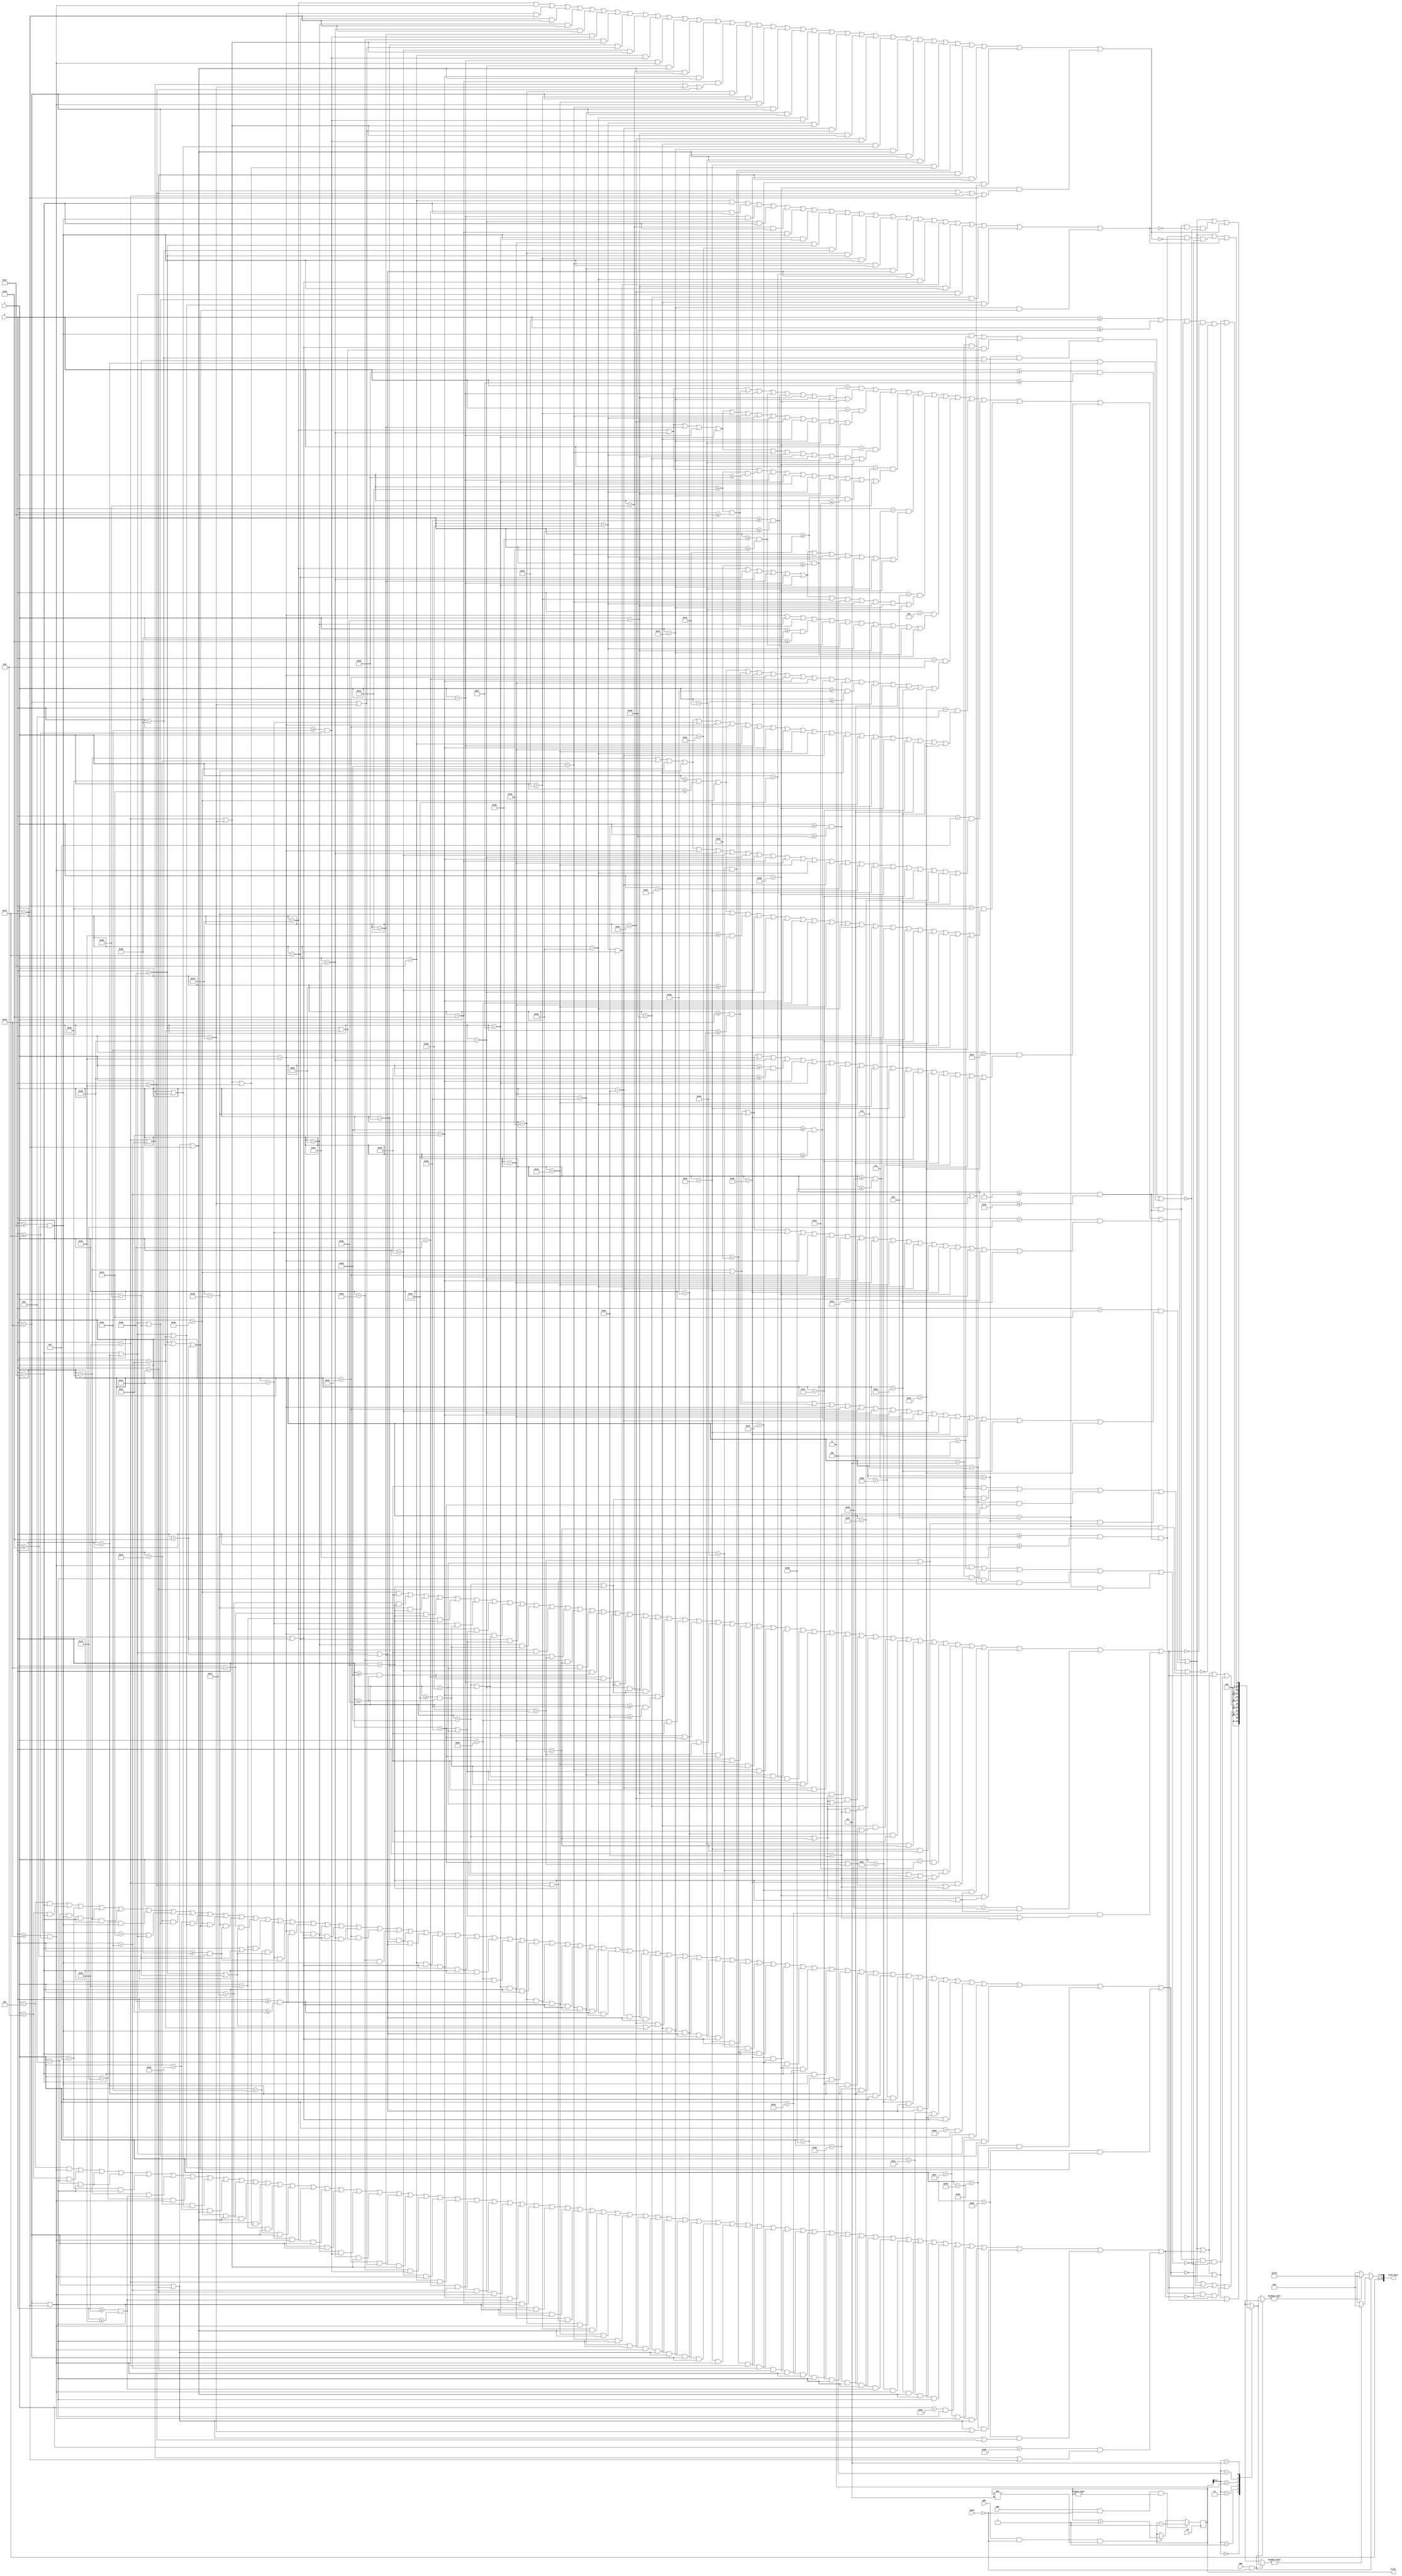
`timescale 1ns / 1ps
//////////////////////////////////////////////////////////////////////////////////
// Company: 
// Engineer: 
// 
// Design Name: 
// Module Name: menu
// Project Name: 
// Target Devices: 
// Tool Versions: 
// Description: 
// 
// Dependencies: 
// 
// Revision:
// Revision 0.01 - File Created
// Additional Comments:
// 
//////////////////////////////////////////////////////////////////////////////////


module menu(input pbu, pbd, SW0, input [31:0] x, y, input clk, input [3:0] layer, output reg [15:0] oled_data, output reg [3:0] state);
    parameter [31:0]a = 3;
    parameter [31:0]b = 12;
    parameter [31:0]c = 12;
    parameter [31:0]d = 22;
    parameter [31:0]e = 29;
    parameter [31:0]f = 39;
    wire [15:0] menudisp [5:0];
    wire vert, vert2, vert3, welcome, trace, distance, arrow1, arrow2, arrow3, arrow4, landmarks, labtask, timer;
    wire boxwidth, box1, box2, box3, box4, box5;

    assign vert = y >= 25 && y <= 31;
    assign vert2 = y >= 39 && y <= 45;
    assign vert3 = y >= 53 && y <= 59;
    assign welcome = (y == a && (x == 29 ||  x == 33 || (x >= 35 && x <= 39) || x == 41 || (x >= 48 && x <= 50) || (x >= 54 && x <= 56) || x == 59 || x == 63 || (x >= 65 && x <= 69) || x == 72))
              || (y == a + 1 && (x == 29 ||  x == 33 || x == 35 || x == 41 || x == 47 || x == 51 || x == 53 || x == 57 || x == 59 || x == 60 || x == 62 || x == 63 || x == 65 || x == 72))
              || (y == a + 2 && (x == 29 ||  x == 33 || x == 35 || x == 41 || x == 47 || x == 53 || x == 57 || x == 59 || x == 61 || x == 63 || x == 65 || x == 72))
              || (y == a + 3 && (x == 29 ||  x == 33 || (x >= 35 && x <= 37) || x == 41 || x == 47 || x == 53 || x == 57 || x == 59 || x == 63 || (x >= 65 && x <= 67) || x == 72))
              || (y == a + 4 && (x == 29 ||  x == 31 ||  x == 33 || x == 35 || x == 41 || x == 47 || x == 53 || x == 57 || x == 59 || x == 63 || x == 65 || x == 72))
              || (y == a + 5 && (x == 29 ||  x == 31 ||  x == 33 || x == 35 || x == 41 || x == 47 || x == 51 || x == 53 || x == 57 || x == 59 || x == 63 || x == 65))
              || (y == a + 6 && (x == 30 ||  x == 32 || (x >= 35 && x <= 39) || (x >= 41 && x <= 45) || (x >= 48 && x <= 50) || (x >= 54 && x <= 56) || x == 57 || x == 59 || x == 63 || (x >= 65 && x <= 69) || x == 72))
              || (y == a + 10 && ((x >= 16 && x <= 19) || x == 22 || (x >= 25 && x <= 27) || x == 30 || x == 34 || x == 40 || x == 44 || x == 48 || (x >= 53 && x <= 55) || (x >= 58 && x <= 61) || (x >= 64 && x <= 68) || x == 70 || (x >= 73 && x <= 75) || x == 78 || x == 82 || x == 84))
              || (y == a + 11 && (x == 16 || x == 20 || x == 22 || x == 24 || x == 28 || x == 30 || x == 34 || x == 39 || x == 41 || x == 44 || x == 48 || x == 52 || x == 56 || x == 58 || x == 62 || x == 66 || x == 70 || x == 72 || x == 76 || x == 78 || x == 82 || x == 84))
              || (y == a + 12 && (x == 16 || x == 20 || x == 22 || x == 24 || x == 30 || x == 33 || x == 38 || x == 42 || x == 44 || x == 45 || x == 48 || x == 52 || x == 56 || x == 58 || x == 62 || x == 66 || x == 70 || x == 72 || x == 76 || x == 78 || x == 79 || x == 82 || x == 84)) 
              || (y == a + 13 && ((x >= 16 && x <= 19) || x == 22 || x == 24 || (x >= 30 && x <= 32) || x == 38 || x == 42 || x == 44 || x == 46 || x == 48 || x == 52 || x == 56 || (x >= 58 && x <= 61) || x == 66 || x == 70 || x == 72 || x == 76 || x == 78 || x == 80 || x == 82 || x == 84))
              || (y == a + 14 && (x == 16 || x == 22 || x == 24 || x == 30 || x == 33 || (x >= 38 && x <= 42) || x == 44 || x == 47 || x == 48 || x == 52 || x == 56 || x == 58 || x == 66 || x == 70 || x == 72 || x == 76 || x == 78 || x == 81 || x == 82 || x == 84)) 
              || (y == a + 15 && (x == 16 || x == 22 || x == 24 || x == 28 || x == 30 || x == 34 || x == 38 || x == 42 || x == 44 || x == 48 || x == 52 || x == 56 || x == 58 || x == 66 || x == 70 || x == 72 || x == 76 || x == 78 || x == 82))
              || (y == a + 16 && (x == 16 || x == 22 || (x >= 25 && x <= 27) || x == 30 || x == 34 || x == 38 || x == 42 || x == 44 || x == 48 || (x >= 53 && x <= 55) || x == 58 || x == 66 || x == 70 || (x >= 73 && x <= 75) || x == 78 || x == 82 || x == 84));

    assign distance = (x == b && (y >= 25 && y <= 31)) || (x == b + 1 && (y == 25 || y == 31)) || (x == b + 2 && (y == 25 || y == 31)) || (x == b + 2 && (y == 25 || y == 31)) || (x == b + 3 && (y == 25 || y == 31)) || (x == b + 4 && (y >= 26 && y <= 30))
             || (x == b + 6 && (y >= 25 && y <= 31))
             || (x == b + 8 && (y == 26 || y == 27 || y == 30)) || (x == b + 9 && (y == 25 || y == 28 || y == 31)) || (x == b + 10 && (y == 25 || y == 28 || y == 31)) || (x == b + 11 && (y == 25 || y == 28 || y == 31)) || (x == b + 12 && (y == 26 || y == 29 || y == 30)) 
             || (x == b + 14 && y == 25) || (x == b + 15 && y == 25) || (x == b + 16 && (y >= 25 && y <= 31)) || (x == b + 17 && y == 25) || (x == b + 18 && y == 25)
             || (x == b + 20 && (y >= 27 && y <= 31)) || (x == b + 21 && (y == 26 || y == 29)) || (x == b + 22 && (y == 25 || y == 29)) || (x == b + 23 && (y == 26 || y == 29)) || (x == b + 24 && (y >= 27 && y <= 31))
             || (x == b + 26 && (y >= 25 && y <= 31)) || (x == b + 27 && y == 26) || (x == b + 28 && y == 27) || (x == b + 29 && y == 28) || (x == b + 30 && (y >= 25 && y <= 31))
             || (x == b + 32 && (y >= 26 && y <= 30)) || (x == b + 33 && (y == 25 || y == 31)) || (x == b + 34 && (y == 25 || y == 31)) || (x == b + 35 && (y == 25 || y == 31)) || (x == b + 36 && (y == 26 || y == 30))
             || (x == b + 38 && (y >= 25 && y <= 31)) || (x == b + 39 && (y == 25 || y == 28 || y == 31)) || (x == b + 40 && (y == 25 || y == 28 || y == 31)) || (x == b + 41 && (y == 25 || y == 31)) || (x == b + 42 && (y == 25 || y == 31))
             || (x == b + 48 && vert) || (x == b + 49 && (y == 25 || y == 28)) || (x == b + 50 && (y == 25 || y == 28)) || (x == b + 51 && y == 25) || (x == b + 52 && y == 25)
             || (x == b + 54 && (y >= 25 && y <= 31))
             || (x == b + 56 && (y >= 25 && y <= 31)) || (x == b + 57 && y == 26) || (x == b + 58 && y == 27) || (x == b + 59 && y == 28) || (x == b + 60 && (y >= 25 && y <= 31))
             || (x == b + 62 && (y >= 25 && y <= 31)) || (x == b + 63 && (y == 25 || y == 31)) || (x == b + 64 && (y == 25 || y == 31)) || (x == b + 65 && (y == 25 || y == 31)) || (x == b + 66 && (y == 25 || y == 31)) || (x == b + 67 && (y >= 26 && y <= 30))
             || (x == b + 69 && (y >= 25 && y <= 31)) || (x == b + 70 && (y == 25 || y == 28 || y == 31)) || (x == b + 71 && (y == 25 || y == 28 || y == 31)) || (x == b + 72 && (y == 25 || y == 31)) || (x == b + 73 && (y == 25 || y == 31))
             || (x == b + 75 && vert) || (x == b + 76 && (y == 25 || y == 28)) || (x == b + 77 && (y == 25 || y == 28 || y == 29)) || (x == b + 78 && (y == 25 || y == 28 || y == 30)) || (x == b + 79 && (y == 26 || y == 27 || y == 31));
             
     assign trace = (x == c && y == 39) || (x == c + 1 && y == 39) || (x == c + 2 && (y >= 39 && y <= 45)) || (x == c + 3 && y == 39) || (x == c + 4 && y == 39)
                  || (x == c + 6 && vert2) || (x == c + 7 && (y == 39 || y == 42)) || (x == c + 8 && (y == 39 || y == 42 || y == 43)) || (x == c + 9 && (y == 39 || y == 42 || y == 44)) || (x == c + 10 && (y == 40 || y == 41 || y == 45))
                  || (x == c + 12 && (y >= 41 && y <= 45)) || (x == c + 13 && (y == 40 || y == 43)) || (x == c + 14 && (y == 39 || y == 43)) || (x == c + 15 && (y == 40 || y == 43)) || (x == c + 16 && (y >= 41 && y <= 45))
                  || (x == c + 18 && (y >= 40 && y <= 44)) || (x == c + 19 && (y == 39 || y == 45)) || (x == c + 20 && (y == 39 || y == 45)) || (x == c + 21 && (y == 39 || y == 45)) || (x == c + 22 && (y == 40 || y == 44))
                  || (x == c + 24 && vert2) || (x == c + 25 && (y == 39 || y == 42 || y == 45)) || (x == c + 26 && (y == 39 || y == 42 || y == 45)) || (x == c + 27 && (y == 39 || y == 45)) || (x == c + 28 && (y == 39 || y == 45))
                  || (x == c + 32 && y == 39) || (x == c + 33 && y == 39) || (x == c + 34 && (y >= 39 && y <= 45)) || (x == c + 35 && y == 39) || (x == c + 36 && y == 39)
                  || (x == c + 38 && (y >= 40 && y <= 44)) || (x == c + 39 && (y == 39 || y == 45)) || (x == c + 40 && (y == 39 || y == 45)) || (x == c + 41 && (y == 39 || y == 45)) || (x == c + 42 && (y >= 40 && y <= 44))
                  || (x == c + 44 && (y >= 40 && y <= 44)) || (x == c + 45 && (y == 39 || y == 45)) || (x == c + 46 && (y == 39 || y == 42 || y == 45)) || (x == c + 47 && (y == 39 || y == 42 || y == 45)) || (x == c + 48 && (y == 40 || y == 43 || y == 44))
                  || (x == c + 50 && (y >= 39 && y <= 45)) || (x == c + 51 && (y == 39 || y == 42 || y == 45)) || (x == c + 52 && (y == 39 || y == 42 || y == 45)) || (x == c + 53 && (y == 39 || y == 45)) || (x == c + 54 && (y == 39 || y == 45))
                  || (x == c + 56 && y == 39) || (x == c + 57 && y == 39) || (x == c + 58 && (y >= 39 && y <= 45)) || (x == c + 59 && y == 39) || (x == c + 60 && y == 39)
                  || (x == c + 62 && vert2) || (x == c + 63 && y == 42) || (x == c + 64 && y == 42) || (x == c + 65 && y == 42) || (x == c + 66 && vert2)
                  || (x == c + 68 && (y >= 39 && y <= 45)) || (x == c + 69 && (y == 39 || y == 42 || y == 45)) || (x == c + 70 && (y == 39 || y == 42 || y == 45)) || (x == c + 71 && (y == 39 || y == 45)) || (x == c + 72 && (y == 39 || y == 45))
                  || (x == c + 74 && vert2) || (x == c + 75 && (y == 39 || y == 42)) || (x == c + 76 && (y == 39 || y == 42 || y == 43)) || (x == c + 77 && (y == 39 || y == 42 || y == 44)) || (x == c + 78 && (y == 40 || y == 41 || y == 45));
 
    assign landmarks = (x == d && vert3) || (x == d+1 && y == 59) || (x == d+2 && y == 59) || (x == d+3 && y == 59) || (x == d+4 && y == 59) 
    || (x == d+6 && (y >= 55 && y <= 59)) || (x == d+7 && (y == 54 || y == 57)) || (x == d+8 && (y == 53 || y == 57)) || (x == d+9 && (y == 54 || y == 57)) || (x == d+10 && (y >= 55 && y <= 59))
    || (x == d+12 && vert3) || (x == d+13 && y == 55) || (x == d+14 && y == 56) || (x == d+15 && y == 57) || (x == d+16 && vert3)
    || (x == d+18 && vert3) || (x == d+19 && (y == 53 || y == 59)) || (x == d+20 && (y == 53 || y == 59)) || (x == d+21 && (y == 53 || y == 59)) || (x == d+22 && (y >= 54 && y <= 58))
    || (x == d+24 && vert3) || (x == d+25 && y == 54) || (x == d+26 && y == 55) || (x == d+27 && y == 54) || (x == d+28 && vert3)
    || (x == d+30 && (y >= 55 && y <= 59)) || (x == d+31 && (y == 54 || y == 57)) || (x == d+32 && (y == 53 || y == 57)) || (x == d+33 && (y == 54 || y == 57)) || (x == d+34 && (y >= 55 && y <= 59))
    || (x == d+36 && vert3) || (x == d+37 && (y == 53 || y == 56)) || (x == d+38 && (y == 53 || y == 56 || y == 57)) || (x == d+39 && (y == 53 || y == 56 || y == 58)) || (x == d+40 && (y == 54 || y == 55 || y == 59))
    || (x == d+42 && vert3) || (x == d+43 && y == 56) || (x == d+44 && y == 56) || (x == d+45 && (y == 55 || y == 57)) || (x == d+46 && (y == 53 || y == 54 || y == 58 || y == 59))
    || (x == d+48 && (y == 54 || y == 55 || y == 58)) || (x == d+49 && (y == 53 || y == 56 || y == 59)) || (x == d+50 && (y == 53 || y == 56 || y == 59)) || (x == d+51 && (y == 53 || y == 56 || y == 59)) || (x == d+52 && (y == 54 || y == 57 || y == 58));
    
    assign labtask = (x == e && (y >= 25 && y <= 31)) || (x==e+1 && y==31) || (x==e+2 && y==31) || (x==e+3 && y==31) || (x==e+4 && y==31)
                    || (x == e + 6 && (y >= 27 && y <= 31)) || (x == e + 7 && (y == 26 || y == 29)) || (x == e + 8 && (y == 25 || y == 29)) || (x == e + 9 && (y == 26 || y == 29)) || (x == e + 10 && (y >= 27 && y <= 31))
                    || (x == e+12 && (y >= 25 && y <= 31)) || (x == e+13 && (y == 25 || y==28 || y == 31)) || (x == e+14 && (y == 25 || y==28 || y == 31)) || (x == e+15 && (y == 25 || y==28 || y == 31)) || (x == e+16 && (y == 26 || y==27 || y==29 || y == 30))
                    || (x == e + 21 && y == 25) || (x == e + 22 && y == 25) || (x == e + 23 && (y >= 25 && y <= 31)) || (x == e + 24 && y == 25) || (x == e + 25 && y == 25)
                    || (x == e + 27 && (y >= 27 && y <= 31)) || (x == e + 28 && (y == 26 || y == 29)) || (x == e + 29 && (y == 25 || y == 29)) || (x == e + 30 && (y == 26 || y == 29)) || (x == e + 31 && (y >= 27 && y <= 31))
                    || (x == e + 33 && (y == 26 || y == 27 || y == 30)) || (x == e + 34 && (y == 25 || y == 28 || y == 31)) || (x == e + 35 && (y == 25 || y == 28 || y == 31)) || (x == e + 36 && (y == 25 || y == 28 || y == 31)) || (x == e + 37 && (y == 26 || y == 29 || y == 30)) 
                    || (x == e+39 && vert) || (x==e+40 && y==28) || (x==e+41 && y==28) || (x==e+42 && (y==27 || y==29)) || (x==e+43 && (y==25 || y==30 || y==26 || y==31));
     
     assign timer =  (x == f && y == 39) || (x == f + 1 && y == 39) || (x == f + 2 && (y >= 39 && y <= 45)) || (x == f + 3 && y == 39) || (x == f + 4 && y == 39)
                    || (x == f + 6 && vert2) 
                    || (x == f + 8 && vert2) || (x == f + 9 && y==40) || (x == f + 10 && y==41) || (x == f + 11 && y==40) || (x == f + 12 && vert2)
                    || (x == f + 14 && vert2) || (x == f + 15 && (y == 39 || y == 42 || y == 45)) || (x == f + 16 && (y == 39 || y == 42 || y == 45)) || (x == f + 17 && (y == 39 || y == 45)) || (x == f + 18 && (y == 39 || y == 45))
                    || (x == f + 20 && vert2) || (x == f + 21 && (y == 39 || y == 42)) || (x == f + 22 && (y == 39 || y == 42 || y == 43)) || (x == f + 23 && (y == 39 || y == 42 || y == 44)) || (x == f + 24 && (y == 40 || y == 41 || y == 45));

              
    
    assign boxwidth = (x >= 0 && x <= 95);
    assign arrow1 = (((y >= 25 && y <= 31) && x == 4) || (x == 5 && (y == 25 || y == 31))  || (x == 6 && (y == 26 || y == 30)) || (x == 7 && (y == 27 || y == 29)) || x == 8 && y == 28);
    assign arrow2 = (((y >= 39 && y <= 45) && x == 4) || (x == 5 && (y == 39 || y == 45))  || (x == 6 && (y == 40 || y == 44)) || (x == 7 && (y == 41 || y == 43)) || x == 8 && y == 42);
    assign arrow3 = (((y >= 53 && y <= 59) && x == 4) || (x == 5 && (y == 53 || y == 59))  || (x == 6 && (y == 54 || y == 58)) || (x == 7 && (y == 55 || y == 57)) || x == 8 && y == 56);
    
    assign box1 = ((y >= 23 && y <= 33) && boxwidth && ~distance && ~arrow1);
    assign box2 = ((y >= 37 && y <= 47) && boxwidth && ~trace && ~arrow2);
    assign box3 = ((y >= 51 && y <= 61) && boxwidth && ~landmarks && ~arrow3);
    assign box4 = ((y >= 23 && y <= 33) && boxwidth && ~labtask && ~arrow1);
    assign box5 = ((y >= 37 && y <= 47) && boxwidth && ~timer && ~arrow2);
    
    assign menudisp[0] = (welcome || distance || trace || landmarks);
    assign menudisp[1] = (welcome || trace || landmarks || box1);
    assign menudisp[2] = (welcome || distance || landmarks || box2);
    assign menudisp[3] = (welcome || distance || trace || box3);
    assign menudisp[4] = (welcome || box4 || timer);
    assign menudisp[5] = (welcome || box5 || labtask);
    
    always @ (posedge clk) begin
        state <= pbu && layer == 0 && state != 0 ? state - 1 : pbd && layer == 0 && state != 5 ? state + 1 : state;
    end
    
    always @ (*) begin
        if(SW0 && layer == 0)
           oled_data = menudisp[state] ? 16'b1111100000000000 : 16'b1111111111111111;
        else
           oled_data = menudisp[state] ? 16'b1111111111111111 : 16'b1111100000000000; 
    end 
    
endmodule